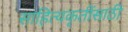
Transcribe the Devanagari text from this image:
साहित्यकृतींसाठी